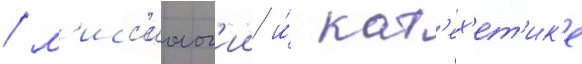
/ м'исс'иолог'ии и́ кат'ех'ет'ик'е